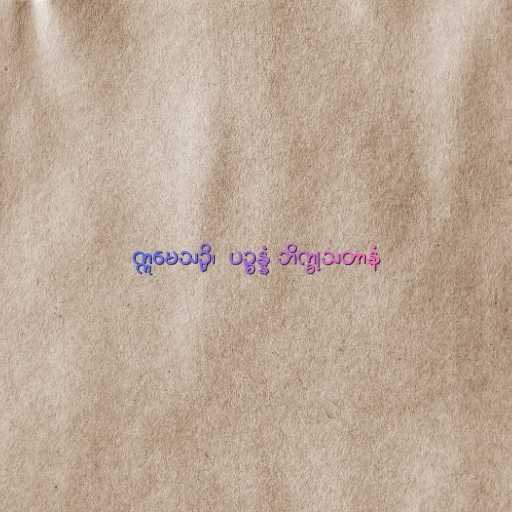
ဣမေသဉှိ၊  ပဉ္စန္နံ ဘိက္ခုသတာနံ